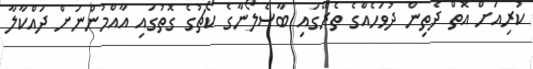
ކުރިއަށް އޮތް ދެތިން ދުވަހެއްގެ ތެރޭގައި ބާސެލޯނާގެ ކޯޗުގެ ގޮތުގައި އާއްމުންނަށް ދައްކާލާ